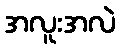
အလူးအလဲ